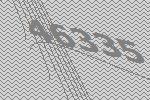
46335